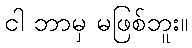
ငါ ဘာမှ မဖြစ်ဘူး။